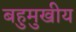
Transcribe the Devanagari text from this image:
बहुमुखीय